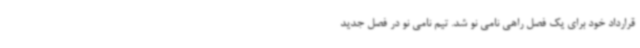
قرارداد خود برای یک فصل راهی نامی نو شد. تیم نامی نو در فصل جدید